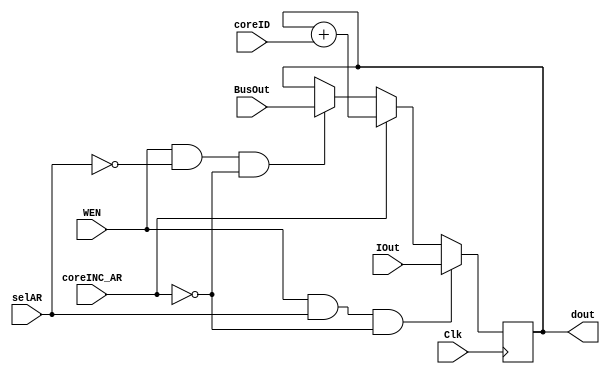
module AR //write enable /IR, AR, Rp, Rt, Rk1, Rm1, Rn1, C1
#(parameter WIDTH = 8)
(
input Clk, WEN, selAR, coreINC_AR,
input [WIDTH-1:0] IOut, BusOut, 
input [2:0] coreID,
output [WIDTH-1:0] dout
);

reg [WIDTH-1:0] value;

always @(negedge Clk) 
begin
    if(WEN==1 && selAR == 0 && coreINC_AR == 0) begin 
        value <= BusOut;   
    end
    if (coreINC_AR==1) begin                                    //will be used in the COPYRm1 & COPYT4
        value <= value + coreID;
    end
    if(WEN==1 && selAR == 1 && coreINC_AR == 0) begin 
        value <= IOut;   
    end
end

assign dout=value;
    
endmodule